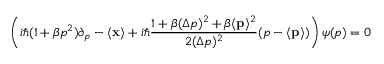
\left( i \hbar ( 1 + \beta p ^ { 2 } ) \partial _ { p } - \langle { \bf { x } } \rangle + i \hbar \frac { 1 + \beta ( \Delta p ) ^ { 2 } + \beta \langle { \bf { p } } \rangle ^ { 2 } } { 2 ( \Delta p ) ^ { 2 } } ( p - \langle { \bf { p } } \rangle ) \right) \psi ( p ) = 0